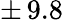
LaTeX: \pm\, 9.8